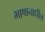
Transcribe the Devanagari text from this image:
भाषानाधील